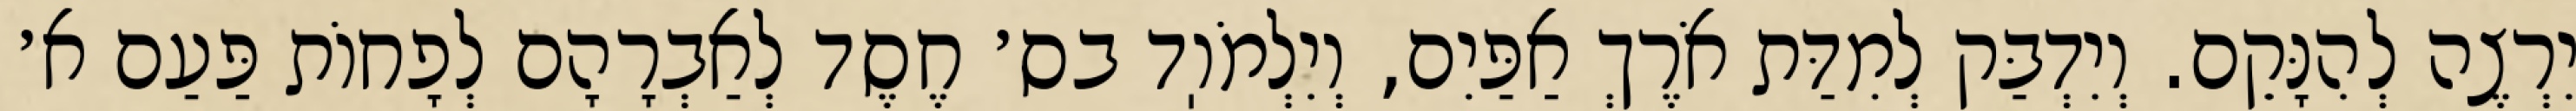
יִרְצֶה לְהִנָּקֵם. וְיִדְבַּק לְמִדַּת אֹרֶךְ אַפַּיִם, וְיִלְמֹוֽד בס׳ חֶסֶד לְאַבְרָהָם לְפָחוֹת פַּעַם א׳